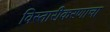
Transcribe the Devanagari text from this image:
विस्तारीकरणाचा